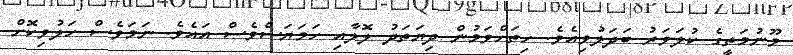
މޫނުމަތީގެ ކުލަވަރު ބަދަލުވިއެވެ. ހިތަށްވަމުން ދިޔަތަދު ލޮލާއި ހަމަޔަސްވެސް އައެވެ. ނަމަވެސް ހަލުވިކޮށް